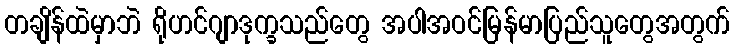
တချိန်ထဲမှာဘဲ ရိုဟင်ဂျာဒုက္ခသည်တွေ အပါအဝင်မြန်မာပြည်သူတွေအတွက်